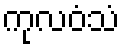
ကုလဝံသံ